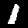
Digit: 1